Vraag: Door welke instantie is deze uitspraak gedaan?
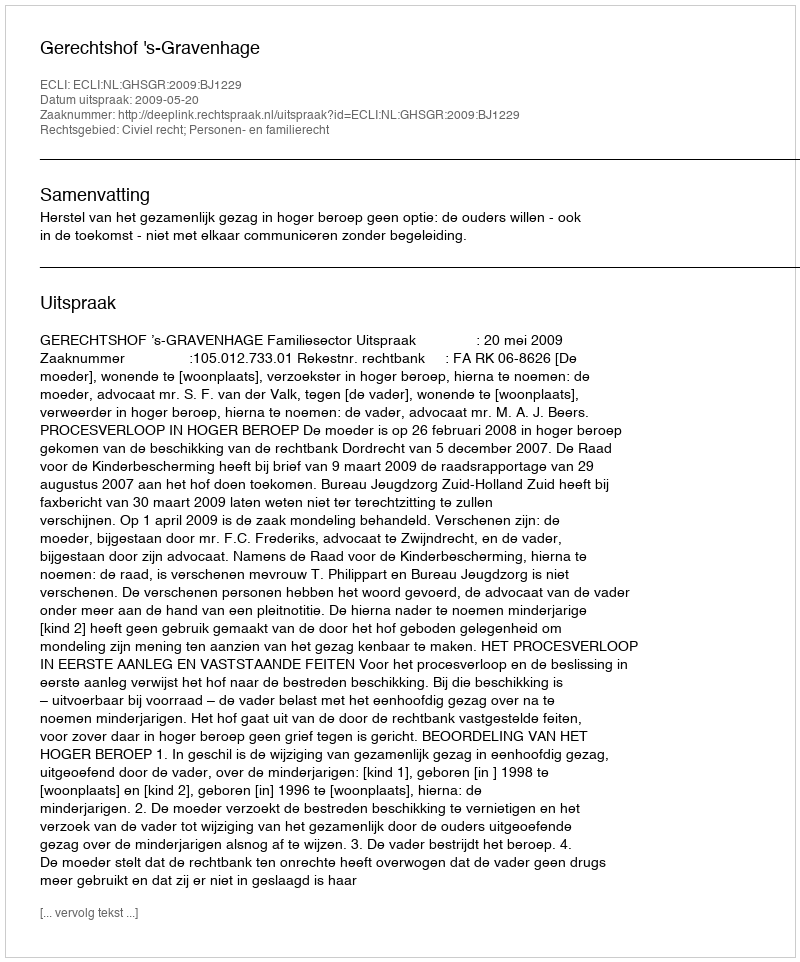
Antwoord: Gerechtshof 's-Gravenhage